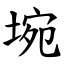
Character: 埦